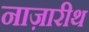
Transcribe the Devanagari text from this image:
नाज़ारीथ